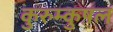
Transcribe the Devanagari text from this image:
कुरुम्कुष़ल